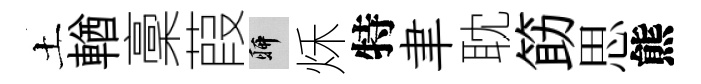
土輶稾葭聊秌特聿耽筯思熊